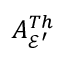
A _ { \mathcal { E } ^ { \prime } } ^ { T h }